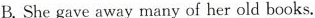
B. She gave away many of her old books.